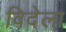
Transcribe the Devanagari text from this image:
विदेला